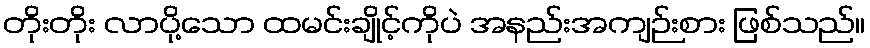
တိုးတိုး လာပို့သော ထမင်းချိုင့်ကိုပဲ အနည်းအကျဉ်းစား ဖြစ်သည်။